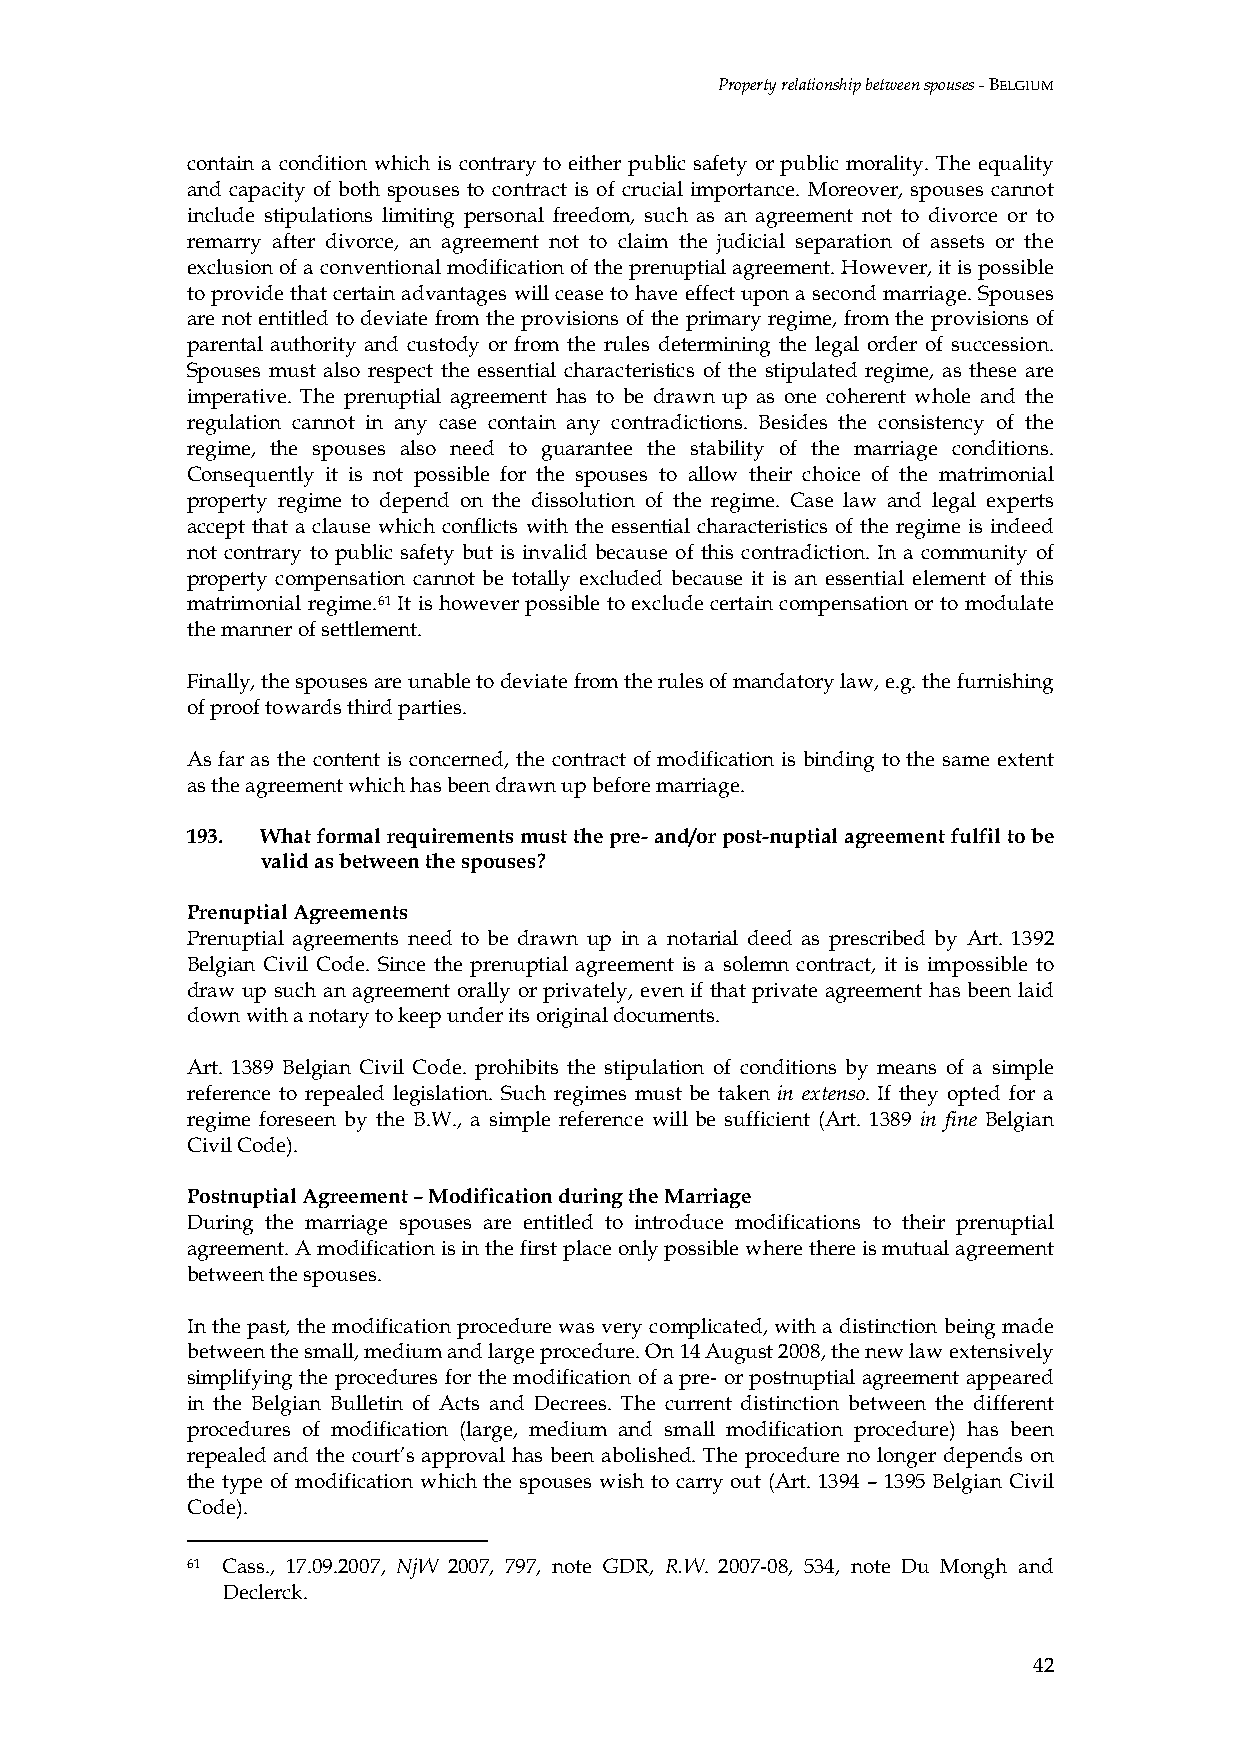
Property relationship between spouses - BELGIUM
 contain a condition which is contrary to either public safety or public morality. The equality
 and capacity of both spouses to contract is of crucial importance. Moreover, spouses cannot
 include stipulations limiting personal freedom, such as an agreement not to divorce or to
 remarry after divorce, an agreement not to claim the judicial separation of assets or the
 exclusion of a conventional modification of the prenuptial agreement. However, it is possible
 to provide that certain advantages will cease to have effect upon a second marriage. Spouses
 are not entitled to deviate from the provisions of the primary regime, from the provisions of
 parental authority and custody or from the rules determining the legal order of succession.
 Spouses must also respect the essential characteristics of the stipulated regime, as these are
 imperative. The prenuptial agreement has to be drawn up as one coherent whole and the
 regulation cannot in any case contain any contradictions. Besides the consistency of the
 regime, the spouses also need to guarantee the stability of the marriage conditions.
 Consequently it is not possible for the spouses to allow their choice of the matrimonial
 property regime to depend on the dissolution of the regime. Case law and legal experts
 accept that a clause which conflicts with the essential characteristics of the regime is indeed
 not contrary to public safety but is invalid because of this contradiction. In a community of
 property compensation cannot be totally excluded because it is an essential element of this
 matrimonial regime.61 It is however possible to exclude certain compensation or to modulate
 the manner of settlement.
 Finally, the spouses are unable to deviate from the rules of mandatory law, e.g. the furnishing
 of proof towards third parties.
 As far as the content is concerned, the contract of modification is binding to the same extent
 as the agreement which has been drawn up before marriage.
 193. What formal requirements must the pre- and/or post-nuptial agreement fulfil to be
 valid as between the spouses?
 Prenuptial Agreements
 Prenuptial agreements need to be drawn up in a notarial deed as prescribed by Art. 1392
 Belgian Civil Code. Since the prenuptial agreement is a solemn contract, it is impossible to
 draw up such an agreement orally or privately, even if that private agreement has been laid
 down with a notary to keep under its original documents.
 Art. 1389 Belgian Civil Code. prohibits the stipulation of conditions by means of a simple
 reference to repealed legislation. Such regimes must be taken in extenso. If they opted for a
 regime foreseen by the B.W., a simple reference will be sufficient (Art. 1389 in fine Belgian
 Civil Code).
 Postnuptial Agreement – Modification during the Marriage
 During the marriage spouses are entitled to introduce modifications to their prenuptial
 agreement. A modification is in the first place only possible where there is mutual agreement
 between the spouses.
 In the past, the modification procedure was very complicated, with a distinction being made
 between the small, medium and large procedure. On 14 August 2008, the new law extensively
 simplifying the procedures for the modification of a pre- or postnuptial agreement appeared
 in the Belgian Bulletin of Acts and Decrees. The current distinction between the different
 procedures of modification (large, medium and small modification procedure) has been
 repealed and the court’s approval has been abolished. The procedure no longer depends on
 the type of modification which the spouses wish to carry out (Art. 1394 – 1395 Belgian Civil
 Code).
 61 Cass., 17.09.2007, NjW 2007, 797, note GDR, R.W. 2007-08, 534, note Du Mongh and
 Declerck.
 42